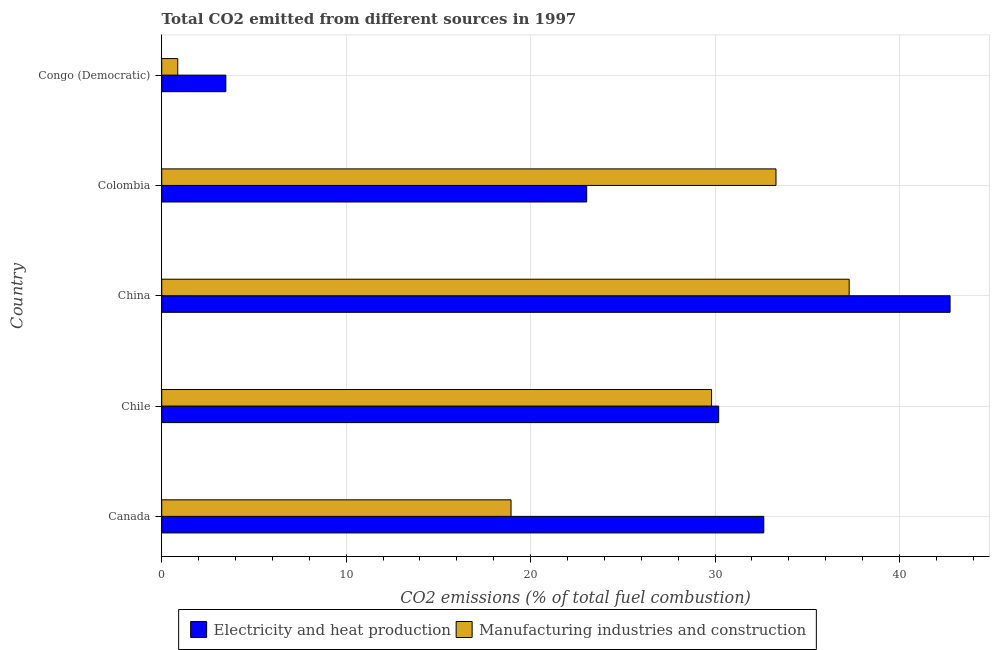
| Country | Electricity and heat production | Manufacturing industries and construction |
 | --- | --- | --- |
 | Canada | 32.6 | 18.9 |
 | Chile | 30.2 | 29.8 |
 | China | 42.7 | 37.3 |
 | Colombia | 23 | 33.3 |
 | Congo (Democratic) | 3.48 | 0.87 |